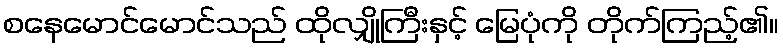
စနေမောင်မောင်သည် ထိုလျှိုကြီးနှင့် မြေပုံကို တိုက်ကြည့်၏။